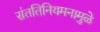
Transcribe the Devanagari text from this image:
संततिनियमनामुळे